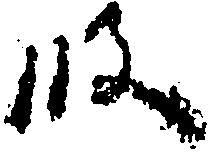
段